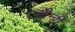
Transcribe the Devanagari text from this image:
लीन्‍हीं